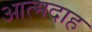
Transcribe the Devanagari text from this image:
आत्‍मदाह